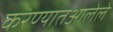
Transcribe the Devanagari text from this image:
करण्यातआलेले